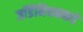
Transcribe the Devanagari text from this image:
जॉर्डेनियनकडे